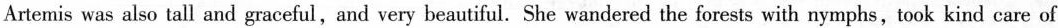
Artemis was also tall and graceful,and very beautiful. She wandered the forests with nymphs,took kind care of